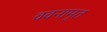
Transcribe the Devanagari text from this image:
ववनामृत